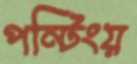
পন্টিংয়